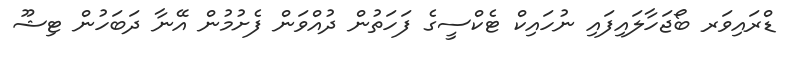
ޑްރައިވަރ ބޯޖަހާލައިފައި ނުހައިކް ޓެކްސީގެ ފަހަތުން ދުއްވަން ފެށުމުން އޭނާ ދަބަހުން ޓިޝޫ